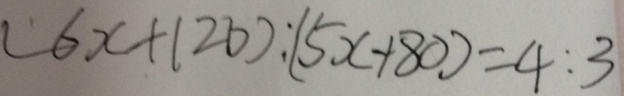
( 6 x + 1 2 0 ) : ( 5 x + 8 0 ) = 4 : 3